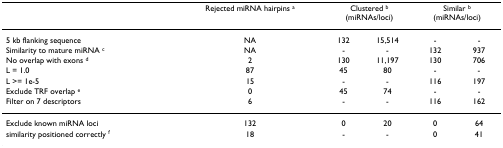
|  | Rejected miRNA hairpins a | <COLSPAN=2> Clustered b(miRNAs/loci) | <COLSPAN=2> Similar b(miRNAs/loci) |
 | --- | --- | --- | --- | --- | --- |
 | 5 kb flanking sequence | NA | 132 | 15,514 | - | - |
 | Similarity to mature miRNA c | NA | - | - | 132 | 937 |
 | No overlap with exons d | 2 | 130 | 11,197 | 130 | 706 |
 | L = 1.0 | 87 | 45 | 80 | - | - |
 | L >= 1e-5 | 15 | - | - | 116 | 197 |
 | Exclude TRF overlap e | 0 | 45 | 74 | - | - |
 | Filter on 7 descriptors | 6 | - | - | 116 | 162 |
 | Exclude known miRNA loci | 132 | 0 | 20 | 0 | 64 |
 | similarity positioned correctly f | 18 | - | - | 0 | 41 |